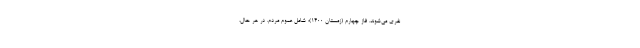
نفری می‌شوند. فاز چهارم (زمستان ۱۴۰۰)؛ شامل عموم مردم. در هر حال،